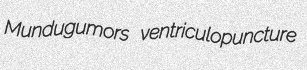
Mundugumors ventriculopuncture